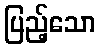
ပြည့်သော